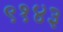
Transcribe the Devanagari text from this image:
९१४३